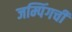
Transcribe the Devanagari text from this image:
जम्पिंगची